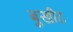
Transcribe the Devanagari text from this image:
बुखीट